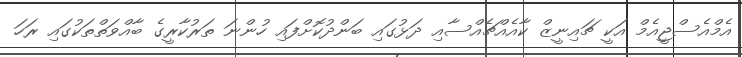
އެމްއެސްޖީއެމް އަކީ ޗައިނީޒް ކާއެއްޗެއްސާއި ދަޅުގައި ބަންދުކޮށްފައި ހުންނަ ތަރުކާރީގެ ބާއްވަތްތަކުގައި ރަހަ